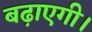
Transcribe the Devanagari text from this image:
बढ़ाएगी।